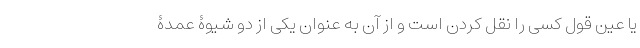
یا عین قول کسی را نقل کردن است و از آن به عنوان یکی از دو شیوۀ عمدۀ